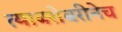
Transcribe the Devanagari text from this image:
त्याबरोबरीनेच